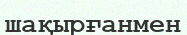
шақырғанмен